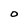
Character: O